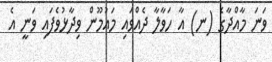
ވަނަ މާއްދާގެ (ނ) އާ ހަވާލާ ދެއްވައި މައުމޫން ވިދާޅުވެފައި ވަނީ އެ